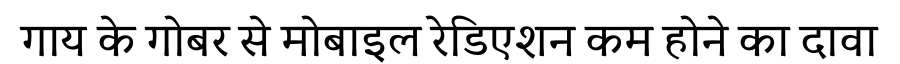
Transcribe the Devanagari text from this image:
गाय के गोबर से मोबाइल रेडिएशन कम होने का दावा